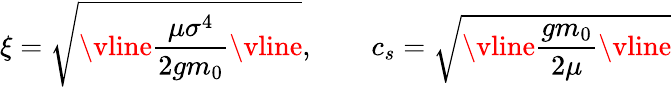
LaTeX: \xi=\sqrt{\vline\frac{\mu\sigma^{4}}{2gm_{0}}\vline},\qquad c_{s}=\sqrt{\vline\frac{gm_{0}}{2\mu}\vline}